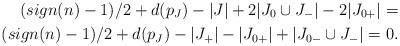
LaTeX: \begin{align*}{(sign(n)-1)/2+d(p_J)-|J|+ 2|J_0 \cup J_-|}-2|J_{0+}|=\\ {(sign(n)-1)/2+d(p_J)-|J_+|-|J_{0+}|+ |J_{0-} \cup J_-|}=0.\end{align*}